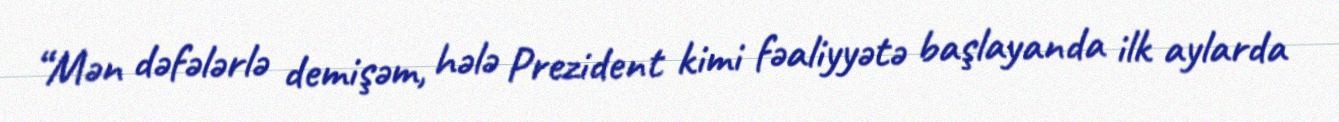
“Mən dəfələrlə demişəm, hələ Prezident kimi fəaliyyətə başlayanda ilk aylarda